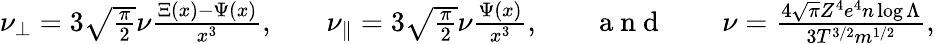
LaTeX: \begin{array}{rlrlrlr}{\nu_{\perp}=3\sqrt{\frac{\pi}{2}}\nu\frac{\Xi(x)-\Psi(x)}{x^{3}},}&{{}}&{\nu_{\parallel}=3\sqrt{\frac{\pi}{2}}\nu\frac{\Psi(x)}{x^{3}},}&{{}}&{\mathrm{~a~n~d~}}&{{}}&{\nu=\frac{4\sqrt{\pi}Z^{4}e^{4}n\log\Lambda}{3T^{3/2}m^{1/2}},}\end{array}